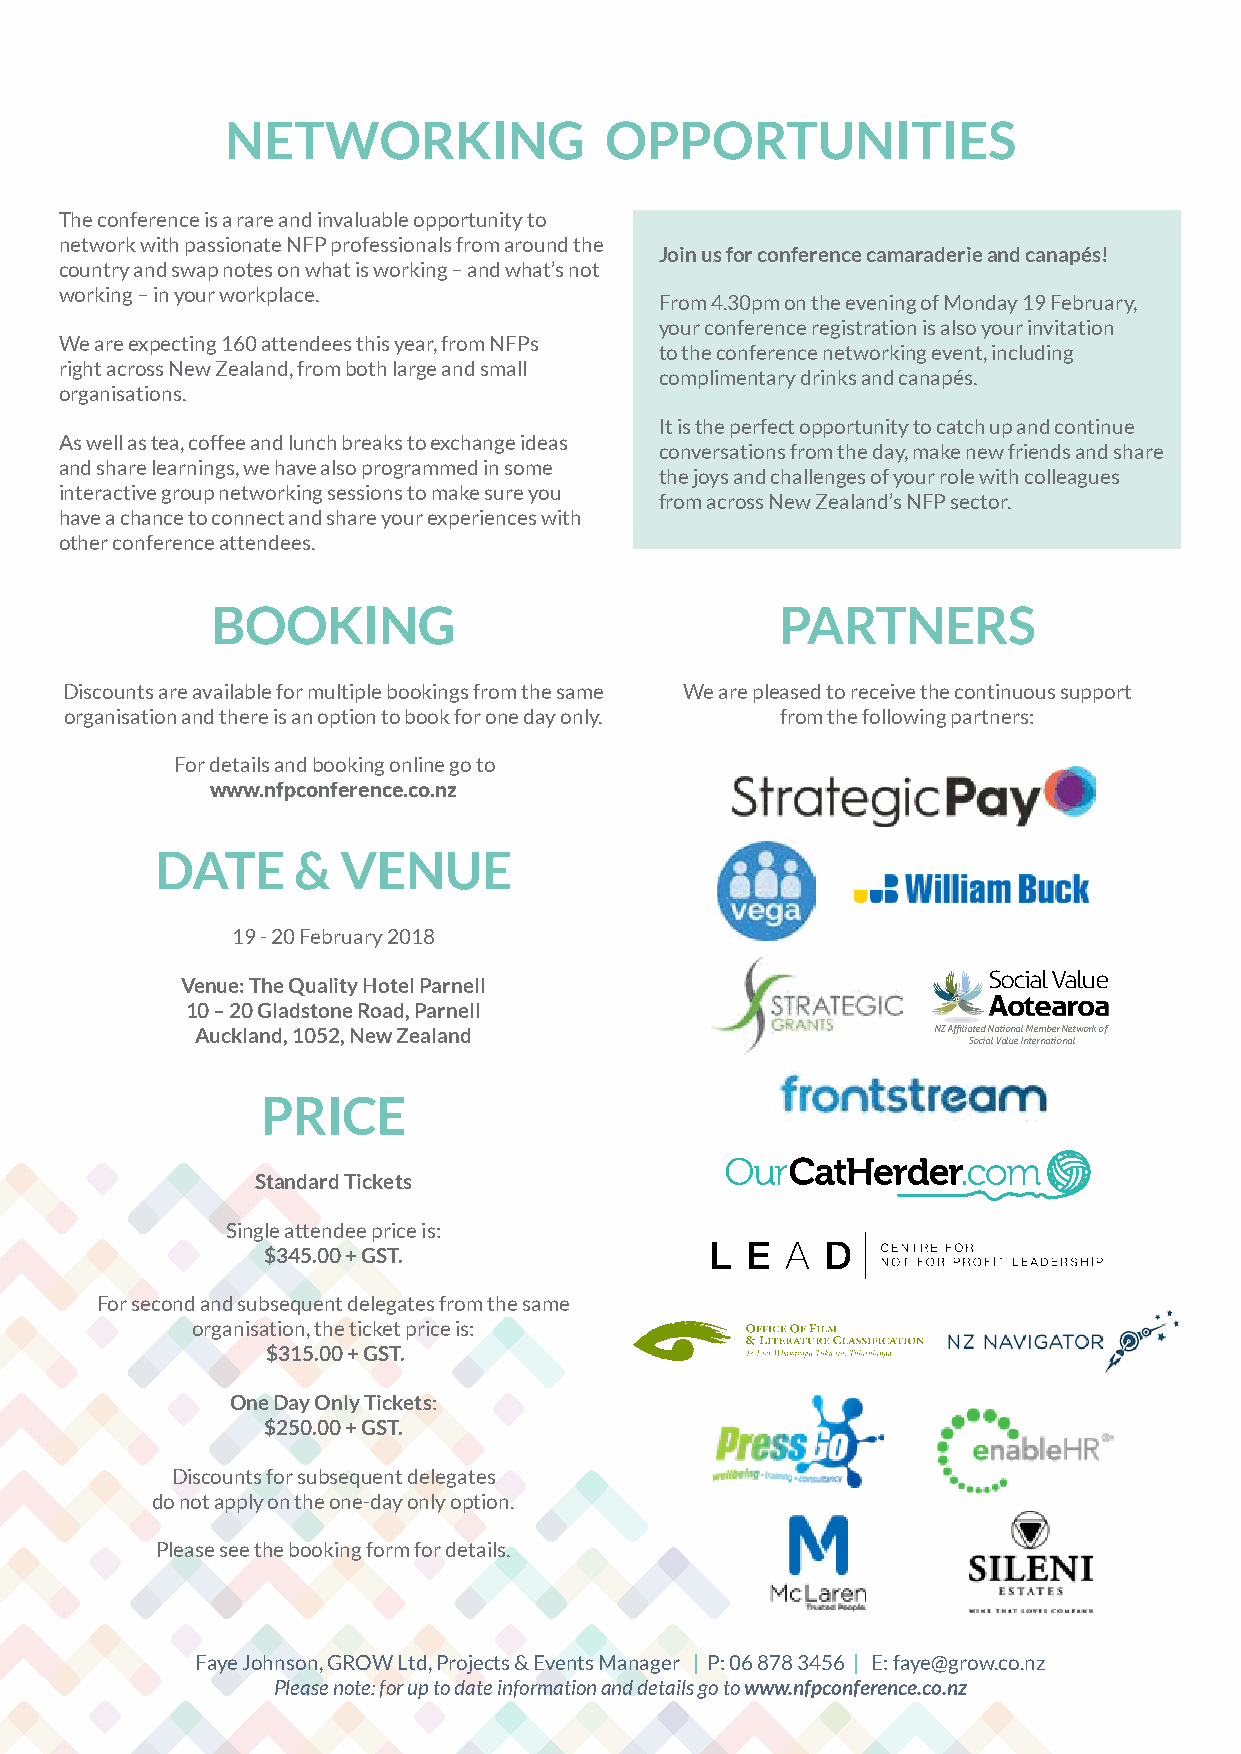
NETWORKING               OPPORTUNITIES
 The conference is a rare and invaluable opportunity to
 network with passionate NFP professionals from around the
 Join us for conference camaraderie and canapés!
 country and swap notes on what is working – and what’s not
 working – in your workplace.
 From 4.30pm on the evening of Monday 19 February,
 your conference registration is also your invitation
 We are expecting 160 attendees this year, from NFPs
 to the conference networking event, including
 right across New Zealand, from both large and small
 complimentary drinks and canapés.
 organisations.
 It is the perfect opportunity to catch up and continue
 As well as tea, coffee and lunch breaks to exchange ideas
 conversations from the day, make new friends and share
 and share learnings, we have also programmed in some
 the joys and challenges of your role with colleagues
 interactive group networking sessions to make sure you
 from across New Zealand’s NFP sector.
 have a chance to connect and share your experiences with
 other conference attendees.
 BOOKING                               PARTNERS
 Discounts are available for multiple bookings from the same We are pleased to receive the continuous support
 organisation and there is an option to book for one day only. from the following partners:
 For details and booking online go to
 www.nfpconference.co.nz
 DATE     &   VENUE
 19 - 20 February 2018
 Venue: The Quality Hotel Parnell                     Social Value
 Aotearoa
 10 – 20 Gladstone Road, Parnell
 Auckland, 1052, New Zealand                      NZ Affiliated National Member Network of
 Social Value International
 PRICE
 Standard Tickets
 Single attendee price is:
 $345.00 + GST.
 For second and subsequent delegates from the same
 organisation, the ticket price is:
 $315.00 + GST.
 One Day Only Tickets:
 $250.00 + GST.
 Discounts for subsequent delegates
 do not apply on the one-day only option.
 Please see the booking form for details.
 Faye Johnson, GROW Ltd, Projects & Events Manager | P: 06 878 3456 | E: faye@grow.co.nz
 Please note: for up to date information and details go to www.nfpconference.co.nz